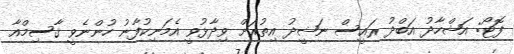
ފޮޓޯ: އަޝްހާދު އަބްދު ރައީސް ނަޝީދު އިތުރަށް ވިދާާޅުވީ އެމަނިކުފާާނު ހުންނެވީ ޤާސިމްއާ